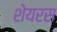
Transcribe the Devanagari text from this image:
शेयरस